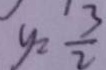
y _ { 2 } = \frac { 3 } { 2 }